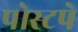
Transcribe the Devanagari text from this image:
पोस्टपे